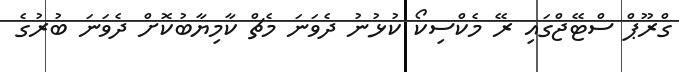
ގްރޫޕް ސްޓޭޖްގައި ރޭ މެކްސިކޯ ކުޅުނު ދެވަނަ މެޗް ކާމިޔާބުކޮށް ދެވަނަ ބުރުގެ